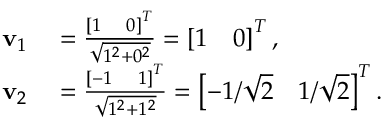
\begin{array} { r l } { \mathbf { v } _ { 1 } } & { { } = \frac { \left[ 1 \quad 0 \right] ^ { T } } { \sqrt { 1 ^ { 2 } + 0 ^ { 2 } } } = \left[ 1 \quad 0 \right] ^ { T } , } \\ { \mathbf { v } _ { 2 } } & { { } = \frac { \left[ - 1 \quad 1 \right] ^ { T } } { \sqrt { 1 ^ { 2 } + 1 ^ { 2 } } } = \left[ - 1 / \sqrt { 2 } \quad 1 / \sqrt { 2 } \right] ^ { T } . } \end{array}